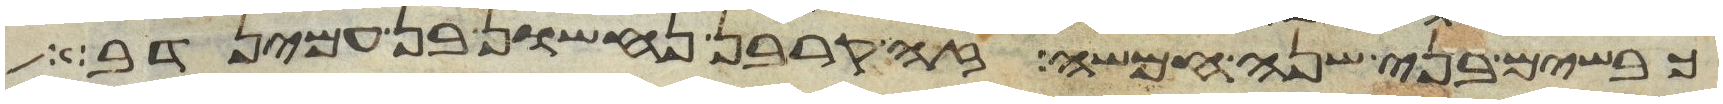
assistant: כבשים בני שנה חמשה זה קרבן נחשון בן עמינדב